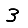
Digit: 3